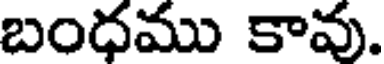
బంధము కావు.